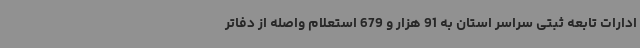
ادارات تابعه ثبتی سراسر استان به 91 هزار و 679 استعلام واصله از دفاتر